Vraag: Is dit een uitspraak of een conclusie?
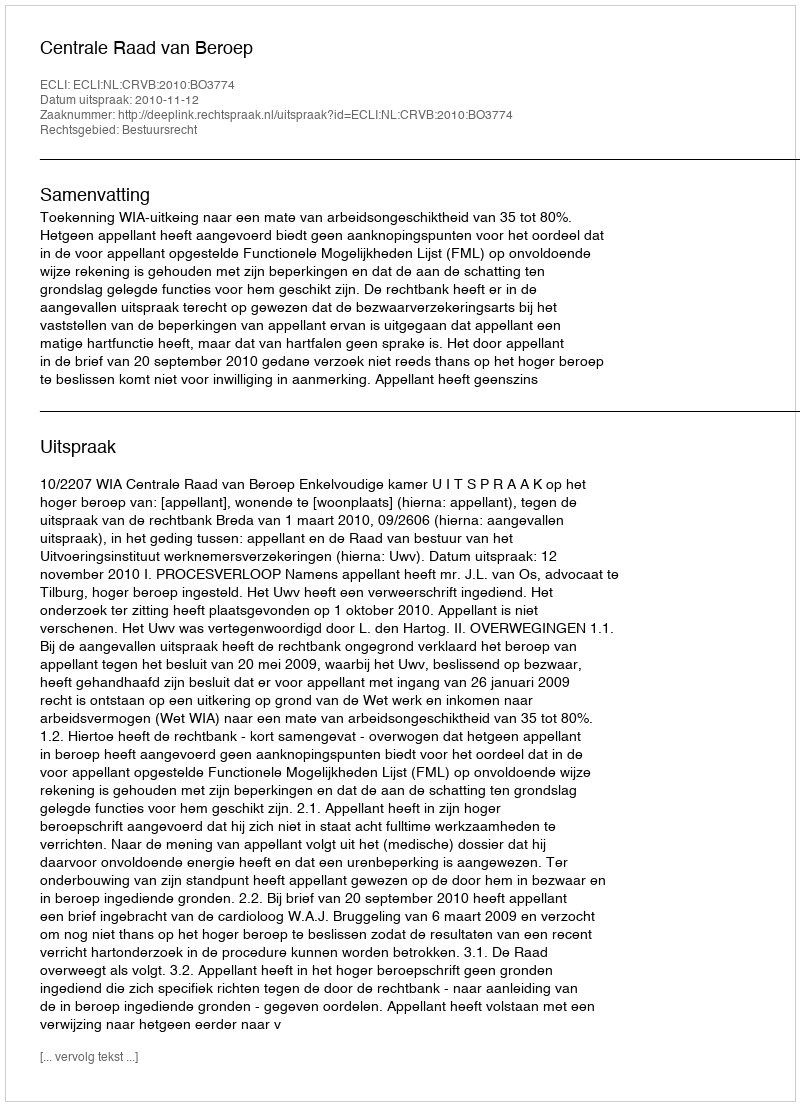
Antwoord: Uitspraak